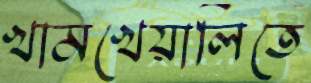
খামখেয়ালিতে